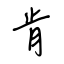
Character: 肯